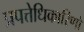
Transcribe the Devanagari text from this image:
प्रपत्तेधिकारिणों